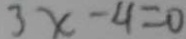
3 x - 4 = 0